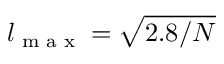
l _ { \textrm { m a x } } = \sqrt { { 2 . 8 } / { N } }